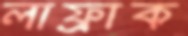
লাফ্রাক